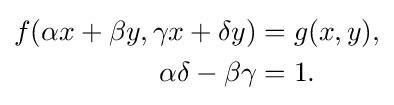
{\begin{aligned}f(\alpha x+\beta y,\gamma x+\delta y)&=g(x,y),\\\alpha \delta -\beta \gamma &=1.\end{aligned}}